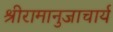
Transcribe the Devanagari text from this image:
श्रीरामानुजाचार्य